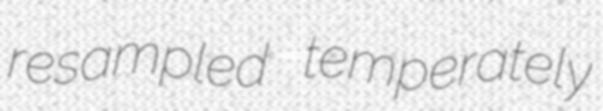
resampled temperately